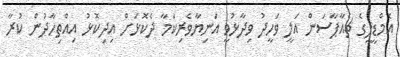
އެމްޑީޕީގެ ޗެއާޕާސަން އަލީ ވަހީދު ވިދާޅުވީ އަނިޔާވެރިކަމާ ދެކޮޅަށް އިދިކޮޅު އިއްތިހާދުން ކުރާ